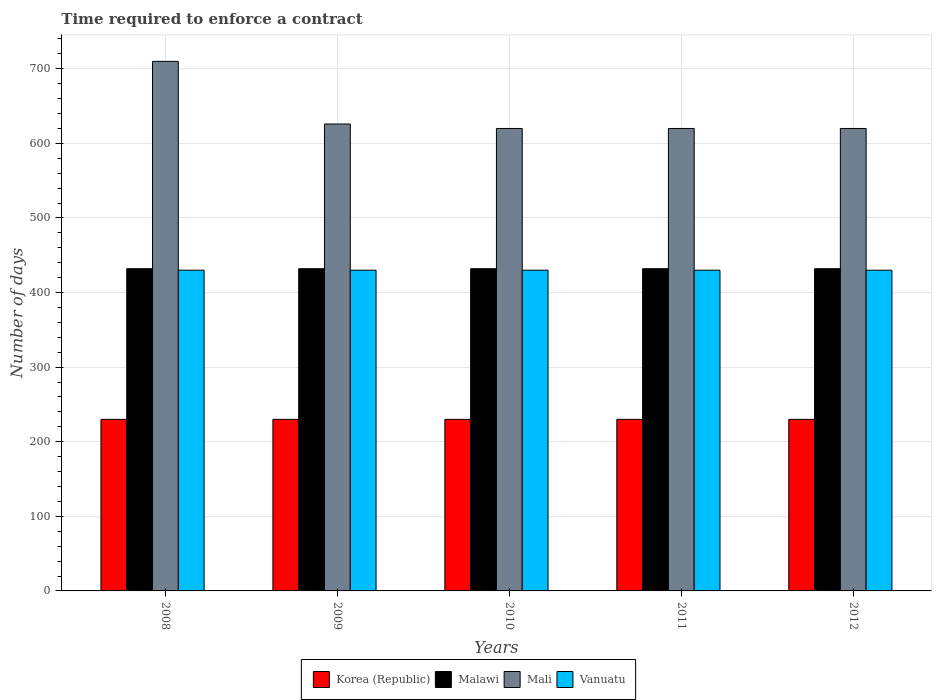
| Years | Korea (Republic) | Malawi | Mali | Vanuatu |
 | --- | --- | --- | --- | --- |
 | 2008 | 230 | 432 | 710 | 430 |
 | 2009 | 230 | 432 | 626 | 430 |
 | 2010 | 230 | 432 | 620 | 430 |
 | 2011 | 230 | 432 | 620 | 430 |
 | 2012 | 230 | 432 | 620 | 430 |